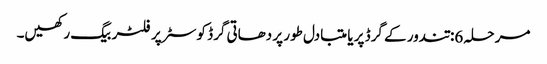
مرحلہ 6: تندور کے گرڈ پر یا متبادل طور پر دھاتی گرڈ کوسٹر پر فلٹر بیگ رکھیں۔